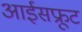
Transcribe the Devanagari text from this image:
आईसफ्रूट